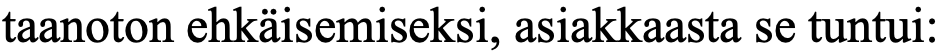
taanoton ehkäisemiseksi, asiakkaasta se tuntui: